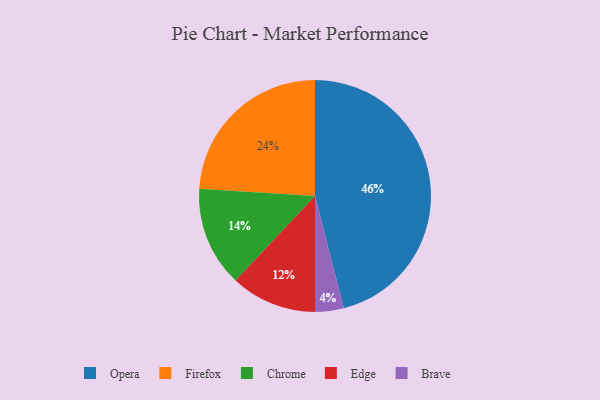
{"axis": {"x": "Category", "y": "Percentage"}, "legend": ["Brave", "Chrome", "Edge", "Firefox", "Opera"], "data": [{"x": "Firefox", "y": 24, "type": "Firefox"}, {"x": "Opera", "y": 46, "type": "Opera"}, {"x": "Chrome", "y": 14, "type": "Chrome"}, {"x": "Edge", "y": 12, "type": "Edge"}, {"x": "Brave", "y": 4, "type": "Brave"}]}